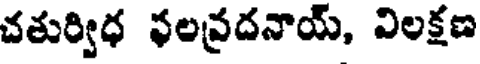
చతుర్విధ ఫలవ్రదనాయ్, విలక్షణ